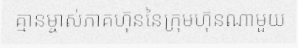
គ្មានម្ចាស់ភាគហ៊ុននៃក្រុមហ៊ុនណាមួយ